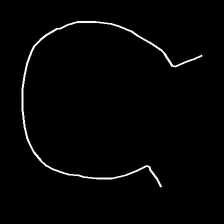
Glyph: weave